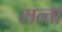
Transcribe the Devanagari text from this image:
सत्त्ता